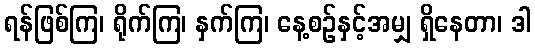
ရန်ဖြစ်ကြ၊ ရိုက်ကြ၊ နှက်ကြ၊ နေ့စဉ်နှင့်အမျှ ရှိနေတာ၊ ဒါ